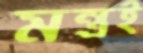
মন্ত্রই